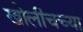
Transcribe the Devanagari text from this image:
खोलीचच्या